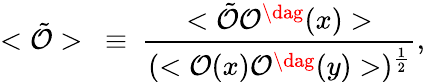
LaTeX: <\tilde{\cal O}>~\equiv~\frac{<\tilde{\cal O}{\cal O}^{\dag}(x)>}{(<{\cal O}(x){\cal O}^{\dag}(y)>)^{\frac{1}{2}}},